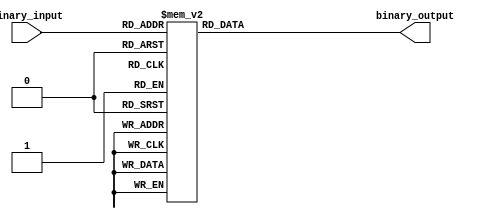
module priority_encoder(
    input [3:0] binary_input,
    output reg [2:0] binary_output
);

always @(*)
begin
    case(binary_input)
        4'b0000: binary_output = 3'b000; // 0
        4'b0001: binary_output = 3'b000; // 1
        4'b0010: binary_output = 3'b001; // 2
        4'b0011: binary_output = 3'b010; // 3
        4'b0100: binary_output = 3'b011; // 4
        4'b0101: binary_output = 3'b100; // 5
        4'b0110: binary_output = 3'b101; // 6
        4'b0111: binary_output = 3'b110; // 7
        4'b1000: binary_output = 3'b111; // 8
        default: binary_output = 3'b111; // 9 or any other input
    endcase
end

endmodule